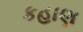
કહાણ